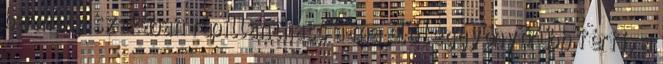
bármely szakában rápillanthass a ma élő leggyönyörűbb férfi, a